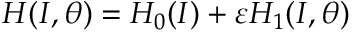
H ( I , \theta ) = H _ { 0 } ( I ) + \varepsilon H _ { 1 } ( I , \theta )